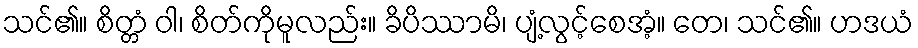
သင်၏။ စိတ္တံ ဝါ၊ စိတ်ကိုမူလည်း။ ခိပိဿာမိ၊ ပျံ့လွင့်စေအံ့။ တေ၊ သင်၏။ ဟဒယံ